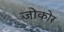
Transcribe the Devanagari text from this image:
जोकोर